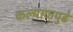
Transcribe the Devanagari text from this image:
कल्याणपुढे